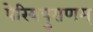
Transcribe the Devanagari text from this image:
पेरियपुराणम्